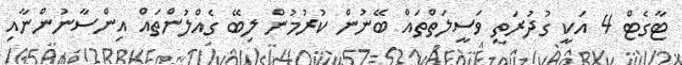
ޓާގެޓް 4 އަކީ ގުދުރަތީ ވަސީލަތްތައް ބޭނުން ކުރުމުން ލިބޭ ގެއްލުންތައް އިންސާނުންނާއި